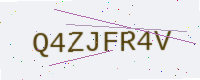
Text: Q4ZJFR4V